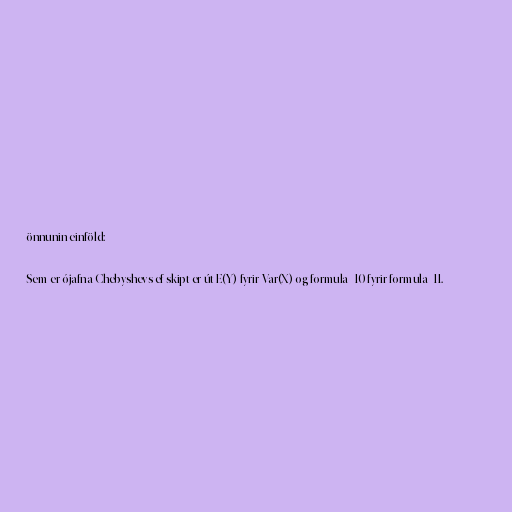
önnunin einföld:

Sem er ójafna Chebyshevs ef skipt er út E(Y) fyrir Var(X) og formula_10 fyrir formula_11.